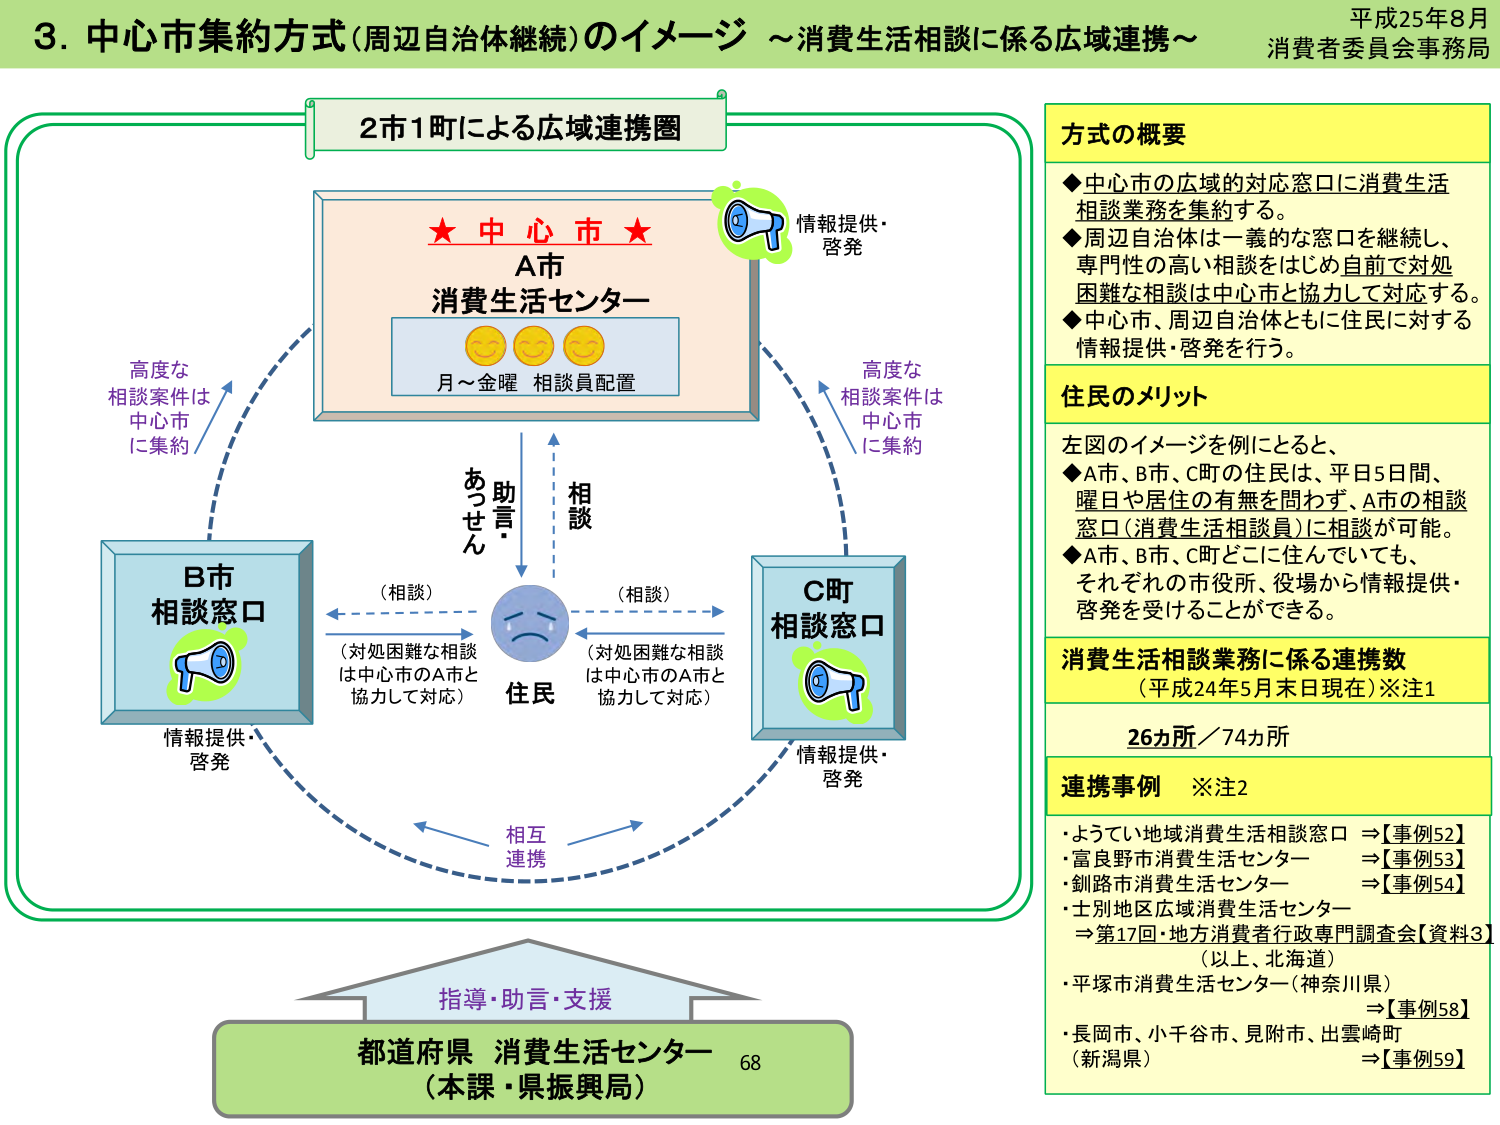
平成25年8月
消費者委員会事務局

3. 中心市集約方式（周辺自治体継続）のイメージ ～消費生活相談に係る広域連携～

2市1町による広域連携圏

★ 中心市 ★
A市
消費生活センター
月～金曜 相談員配置

情報提供・啓発

高度な
相談案件は
中心市
に集約

B市
相談窓口
情報提供・啓発

（相談）
（対処困難な相談
は中心市のA市と
協力して対応）

住民
あっせん・助言
相談

（相談）
（対処困難な相談
は中心市のA市と
協力して対応）

C町
相談窓口
情報提供・啓発

高度な
相談案件は
中心市
に集約

相互
連携

指導・助言・支援
都道府県 消費生活センター
（本課・県振興局）
68

方式の概要
◆中心市の広域的対応窓口に消費生活相談業務を集約する。
◆周辺自治体は一義的な窓口を継続し、専門性の高い相談をはじめ自前で対処困難な相談は中心市と協力して対応する。
◆中心市、周辺自治体ともに住民に対する情報提供・啓発を行う。

住民のメリット
左図のイメージを例にとると、
◆A市、B市、C町の住民は、平日5日間、曜日や居住の有無を問わず、A市の相談窓口（消費生活相談員）に相談が可能。
◆A市、B市、C町どこに住んでいても、それぞれの市役所、役場から情報提供・啓発を受けることができる。

消費生活相談業務に係る連携数
（平成24年5月末日現在）※注1
26カ所／74カ所

連携事例 ※注2
・ようてい地域消費生活相談窓口 ⇒【事例52】
・富良野市消費生活センター ⇒【事例53】
・釧路市消費生活センター ⇒【事例54】
・士別地区広域消費生活センター
⇒第17回・地方消費者行政専門調査会【資料3】
（以上、北海道）
・平塚市消費生活センター（神奈川県） ⇒【事例58】
・長岡市、小千谷市、見附市、出雲崎町
（新潟県） ⇒【事例59】